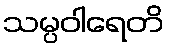
သမ္ပဝါရေတိ